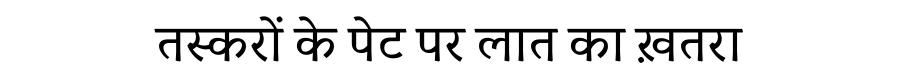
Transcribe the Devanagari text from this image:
तस्करों के पेट पर लात का ख़तरा